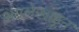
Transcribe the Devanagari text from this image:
अग्रलेखाहून